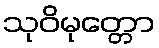
သုဝိမုတ္တော